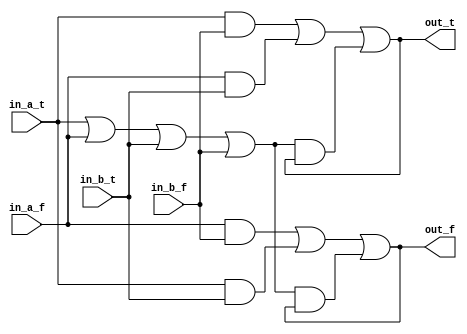
module NCL_xor(
	input in_a_t, in_a_f, in_b_t, in_b_f, 
	output out_t, out_f);

	wire hysteresis;
	assign hysteresis = in_a_t | in_a_f | in_b_t | in_b_f;

	assign out_f= (in_a_f & in_b_f) | (in_a_t & in_b_t) | (hysteresis & out_f);
	assign out_t= (in_a_t & in_b_f) | (in_a_f & in_b_t) | (hysteresis & out_t);

endmodule